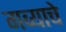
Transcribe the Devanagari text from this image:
गव्याचे